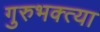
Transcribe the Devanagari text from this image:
गुरुभक्त्या